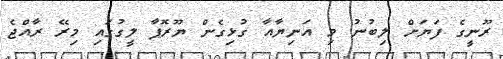
ރޫނީގެ ފަޔަށް ލިބުނު މި އަނިޔާއާ ގުޅިގެން ޔޫރޮޕާ ލީގުގައި މިރޭ ރާއްޖެ